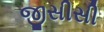
જીસીસી